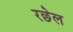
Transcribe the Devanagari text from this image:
रछेल